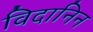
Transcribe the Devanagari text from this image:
विदानिन